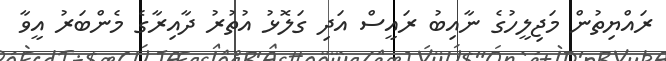
ރައްޔިތުން މަޖިލީހުގެ ނާއިބު ރައީސް އަދި ގަލޮޅު އުތުރު ދާއިރާގެ މެންބަރު އީވާ